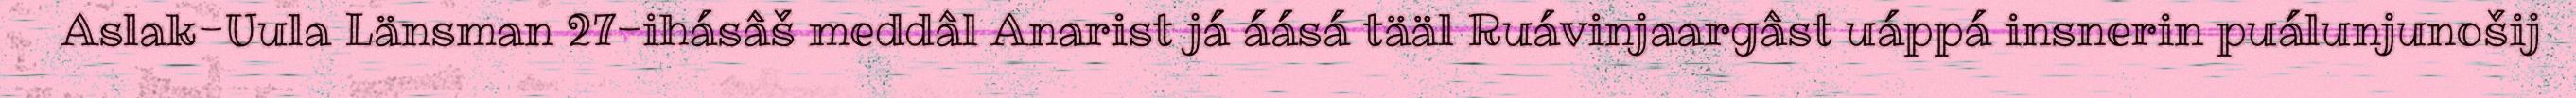
Aslak-Uula Länsman 27-ihásâš meddâl Anarist já áásá tääl Ruávinjaargâst uáppá insnerin puálunjunošij